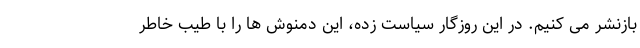
بازنشر می کنیم. در این روزگار سیاست زده، این دمنوش ها را با طیب خاطر